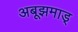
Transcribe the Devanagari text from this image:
अबूझमाड्